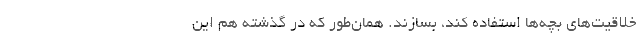
خلاقیت‌های بچه‌ها استفاده کند، بسازند. همان‌طور که در گذشته هم این